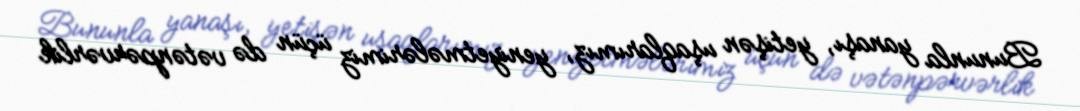
Bununla yanaşı, yetişən uşaqlarımız, yeniyetmələrimiz üçün də vətənpərvərlik